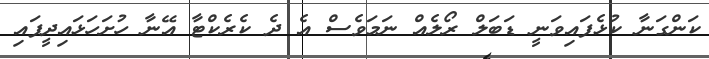
ކަންގަނާ ކުޅެފައިވަނީ ޑަބަލް ރޯލެއް ނަމަވެސް އެ ދެ ކެރެކްޓާ އޭނާ ހުށަހަޅައިދީފައި